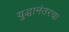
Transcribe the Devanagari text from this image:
युद्धानंतरचा